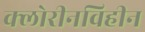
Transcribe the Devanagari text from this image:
क्लोरीनविहीन